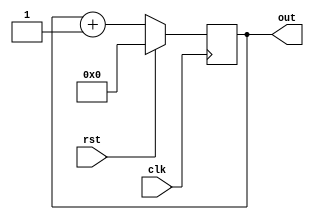
module programme_counter (
    input clk,rst,
    output reg [7:0] out
);


always @(posedge clk) begin
    if(rst == 1) begin
        out = 8'b0;
    end
    else begin
        out = out + 1;
    end

end
    
endmodule